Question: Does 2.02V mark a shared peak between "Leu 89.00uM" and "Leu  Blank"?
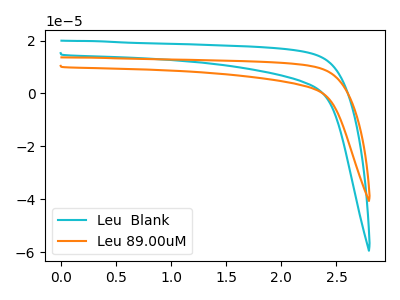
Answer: <think>The cyan curve "Leu  Blank" has no peaks. The orange curve "Leu 89.00uM" has no peaks.</think>
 <answer>No, "Leu 89.00uM" and "Leu  Blank" dont share a peak at 2.02V.</answer>
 <eval>mismatch</eval>